Statistical return of the lunatic asylum in Assam - 1912-1932
Year: 1912
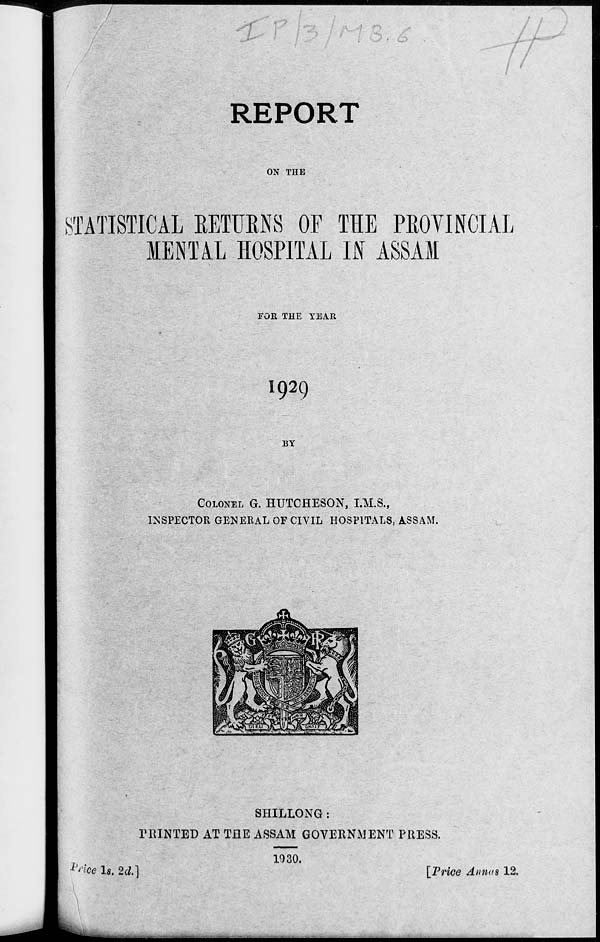
7
/ *
REPORT
ON THE
STATISTICAL BETUBN8 OF THE PROVINCIAL
MENTAL HOSPITAL IN" ASSAM
FOR THE TEAR
I929
BY
COLONEL G. HUTCHESON, I.M.S.,
INSPECTOR GENERAL OF CIVIL HOSPITALS, ASSAM.
SHILLONG:
PRINTED AT THE ASSAM GOVERNMENT PRESS.
frioe Is. 2cl]
1030.
[Price Anna912.